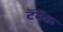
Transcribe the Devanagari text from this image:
टॅनॅक